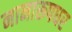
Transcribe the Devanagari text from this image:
नानारूपधर